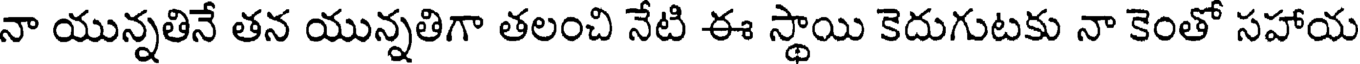
నా యున్నతినే తన యున్నతిగా తలంచి నేటి ఈ స్థాయి కెదుగుటకు నా కెంతో సహాయ